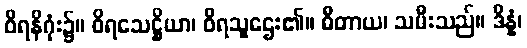
ဝိရနိဂုံး၌။ ဝိရသေဋ္ဌိယာ၊ ဝိရသူဌေး၏။ ဓီတာယ၊ သမီးသည်။ ဒိန္နံ၊